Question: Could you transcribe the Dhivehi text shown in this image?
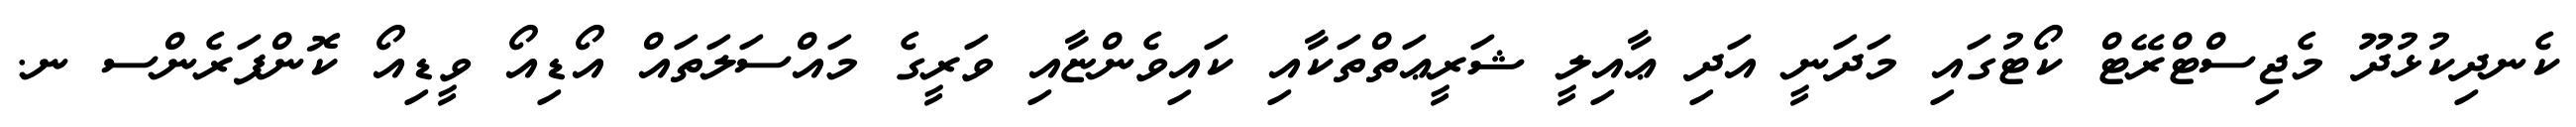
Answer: ކެނދިކުޅުދޫ މެޖިސްޓްރޭޓް ކޯޓުގައި މަދަނީ އަދި ޢާއިލީ ޝަރީޢަތްތަކާއި ކައިވެންޏާއި ވަރީގެ މައްސަލަތައް އޯޑިއޯ ވީޑިއޯ ކޮންފަރެންސ ނ.